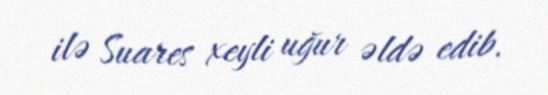
ilə Suares xeyli uğur əldə edib.